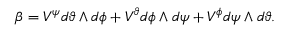
\beta = V ^ { \psi } d \vartheta \wedge d \phi + V ^ { \vartheta } d \phi \wedge d \psi + V ^ { \phi } d \psi \wedge d \vartheta .